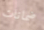
ضمانات